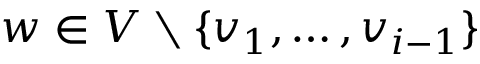
w \in V \setminus \{ v _ { 1 } , \dots , v _ { i - 1 } \}